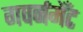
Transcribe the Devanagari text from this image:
गवर्नमेँट